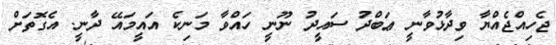
ޖެހިއްޖެއްޔާ ވިދާޅުވާނީ ޢަބްދު ސައީދު ނޫނީ ހައްވާ މަނިކެ އައީމައޭ ދާނީ. އެގޮތަށް